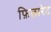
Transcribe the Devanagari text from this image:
फ़िलारेट